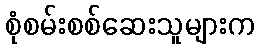
စုံစမ်းစစ်ဆေးသူများက